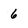
Character: 6